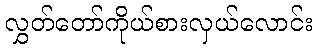
လွှတ်တော်ကိုယ်စားလှယ်လောင်း